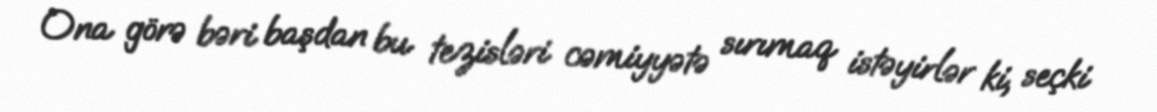
Ona görə bəri başdan bu tezisləri cəmiyyətə sırımaq istəyirlər ki, seçki